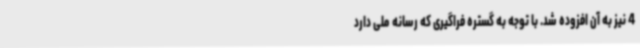
4 نیز به آن افزوده شد. با توجه به گستره فراگیری که رسانه ملی دارد